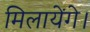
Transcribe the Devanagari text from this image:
मिलायेंगे।